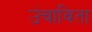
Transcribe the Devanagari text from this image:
उंचाविता